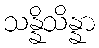
သန္နိသိန္နာ